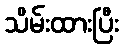
သိမ်းထားပြီး